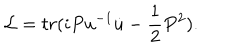
{ \cal L } = t r ( i P u ^ { - 1 } \dot { u } - \frac { 1 } { 2 } P ^ { 2 } ) .